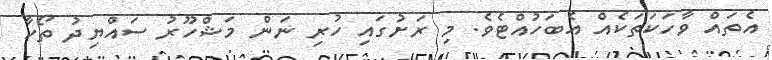
އެތައް ވާހަކަތަކެއް އެބަހުއްޓެވެ. މި ރަށުގައި ހުރި ނަން މަޝްހޫރު ސައްޔިދު ތޯހާ